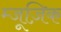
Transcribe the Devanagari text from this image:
म्जूज़िक